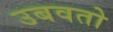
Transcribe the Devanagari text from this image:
उबवतो